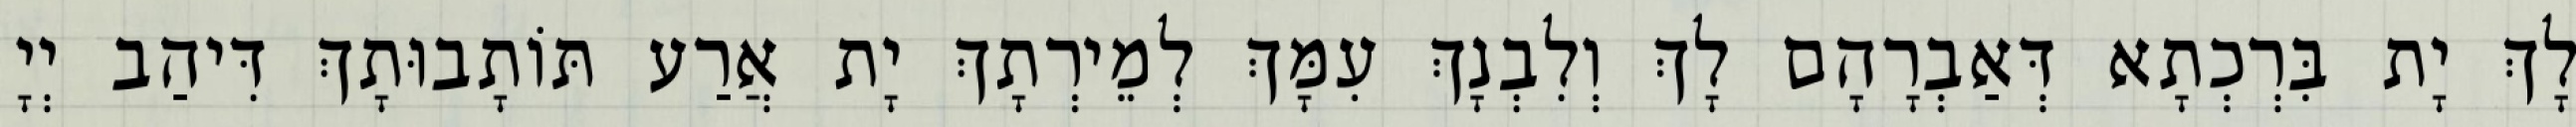
לָךְ יָת בִּרְכְתָא דְּאַבְרָהָם לָךְ וְלִבְנָךְ עִמָּךְ לְמֵירְתָךְ יָת אֲרַע תּוֹתָבוּתָךְ דִּיהַב יְיָ